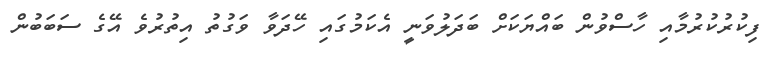
ފިކުރުކުރުމާއި ހާސްވުން ބައްޔަކަށް ބަދަލުވަނީ އެކަމުގައި ހޭދަވާ ވަގުތު އިތުރުވެ އޭގެ ސަބަބުން